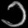
Digit: ၁